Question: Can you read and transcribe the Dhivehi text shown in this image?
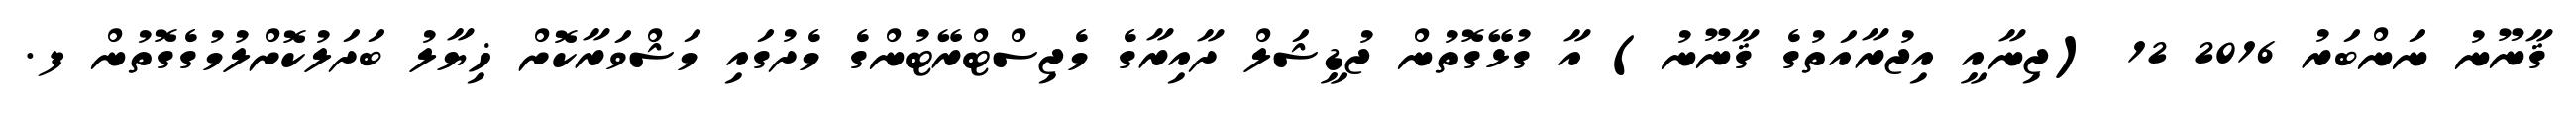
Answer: ޤާނޫނު ނަންބަރު 2016 12 (ޖިނާއީ އިޖުރާއަތުގެ ޤާނޫނު) އާ ގުޅޭގޮތުން ޖުޑީޝަލް ދާއިރާގެ މެޖިސްޓްރޭޓުންގެ މެދުގައި މަޝްވަރާކޮށް ޚިޔާލު ބަދަލުކޮށްލުމުގެގޮތުން ފ.